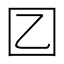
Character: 𡆠